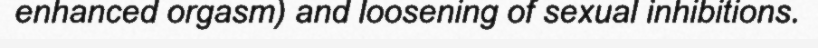
enhanced orgasm) and loosening of sexual inhibitions.